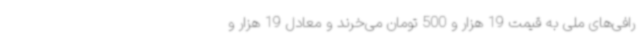
رافی‌های ملی به قیمت 19 هزار و 500 تومان می‌خرند و معادل 19 هزار و